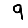
Digit: 9